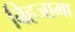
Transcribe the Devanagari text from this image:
बिहजामा